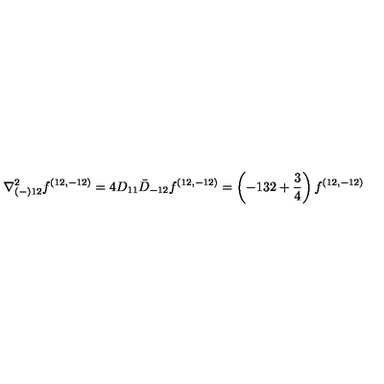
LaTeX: { \nabla _ { ( - ) 1 2 } ^ { 2 } f ^ { ( 1 2 , - 1 2 ) } = 4 D _ { 1 1 } \bar { D } _ { - 1 2 } f ^ { ( 1 2 , - 1 2 ) } = \left( - 1 3 2 + { \frac { 3 } { 4 } } \right) f ^ { ( 1 2 , - 1 2 ) } }